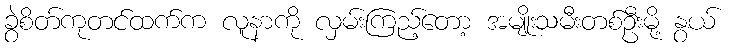
ခွဲစိတ်ကုတင်ထက်က လူနာကို လှမ်းကြည့်တော့ အမျိုးသမီးတစ်ဦးမို့ နွယ်